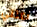
أعتني